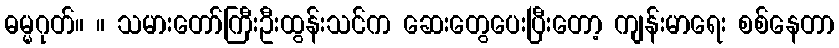
ဓမ္မဂုတ်။ ။ သမားတော်ကြီးဦးထွန်းသင်က ဆေးတွေပေးပြီးတော့ ကျန်းမာရေး စစ်နေတာ